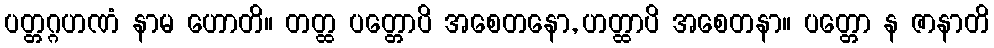
ပတ္တဂ္ဂဟဏံ နာမ ဟောတိ။ တတ္ထ ပတ္တောပိ အစေတနော, ဟတ္ထာပိ အစေတနာ။ ပတ္တော န ဇာနာတိ